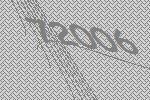
72006